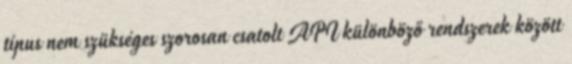
típus nem szükséges szorosan csatolt API különböző rendszerek között